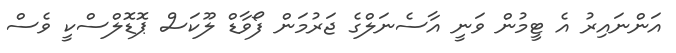
އަންނައިރު އެ ޓީމުން ވަނީ އާސެނަލްގެ ޖަރުމަން ފޯވާޑް ލޫކަސް ޕޮޑޮލްސްކީ ވެސް